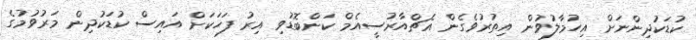
ކުޑަކުދިންނަށް އިހުމާލުވުން އިތުރުވެގެން އެޗްއާރުސީއެމް ކަންބޮޑުވި އިރު ފަހަކަށް އައިސް ކުޑަކުދިން މަރުވުމުގެ